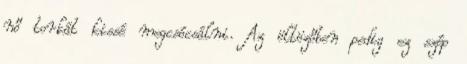
nő torkát kissé megcsócsálni. Az öltözőben pedig ez szép